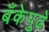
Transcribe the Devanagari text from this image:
बँकेपुढे